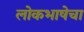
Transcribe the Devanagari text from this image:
लोकभाषेचा